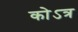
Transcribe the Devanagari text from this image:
कोऽत्र